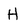
Character: H